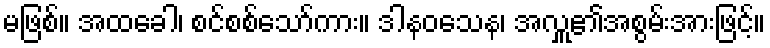
မဖြစ်။ အထခေါ၊ စင်စစ်သော်ကား။ ဒါနဝသေန၊ အလှူ၏အစွမ်းအားဖြင့်။